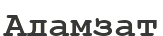
Адамзат